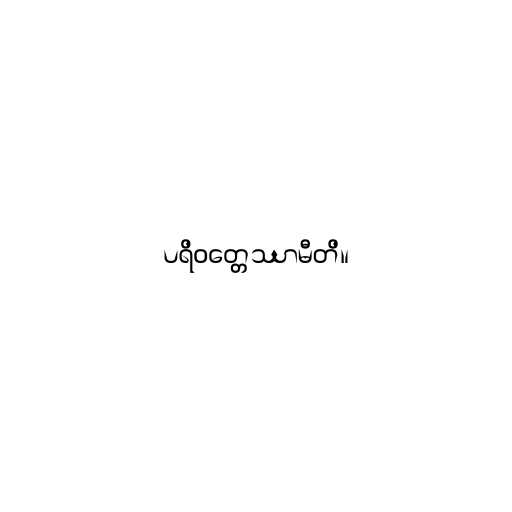
ပရိဝတ္တေဿာမီတိ။